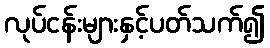
လုပ်ငန်းများနှင့်ပတ်သက်၍